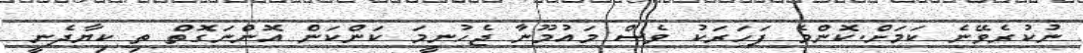
ނުކުރެވޭނެ ކަމަށް.ކޮންމެ ފަހަރަކު ވެސް މައުމޫނާ ޖެހުނީމަ ކަންކަން އޮންނަގޮތް ތި ކިޔާދެނީ